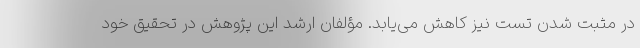
در مثبت شدن تست نیز کاهش می‌یابد. مؤلفان ارشد این پژوهش در تحقیق خود